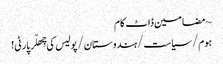
~ مضامین ڈاٹ کام
ہوم/سیاست/ہندوستان/پولیس کی چِھلّر پارٹی!